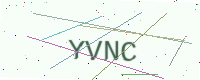
Text: YVNC